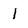
Character: 1